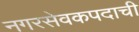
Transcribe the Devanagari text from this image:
नगरसेवकपदाची